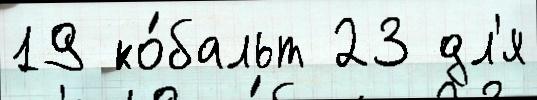
19 ко́бальт 23 дл'я